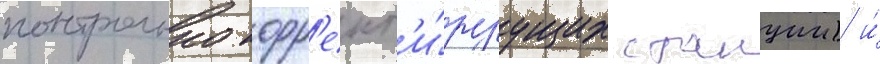
контрольно корр'ект'и́руущих станции) и́